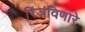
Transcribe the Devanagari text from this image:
रिंजंविणारे